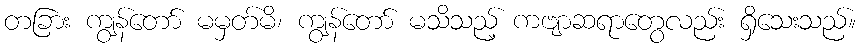
တခြား ကျွန်တော် မမှတ်မိ၊ ကျွန်တော် မသိသည့် ကဗျာဆရာတွေလည်း ရှိသေးသည်။